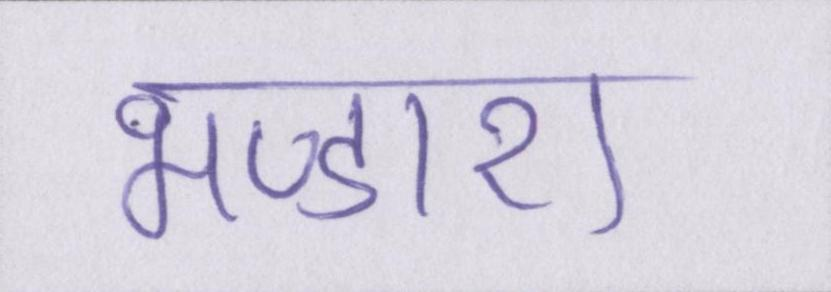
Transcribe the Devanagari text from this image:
भण्डारा